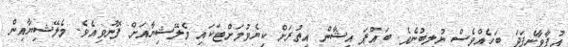
އުފާވާނެފަދަ ބަހެއްވެސް ނުލިބުނެވެ. ބައްޕަ އިޝާން އިތުރަށް ކިޔެވުމަށްޓަކައި މެލޭޝިޔާއަށް ފޮނުވިއެވެ. މެލޭޝިޔާއިން